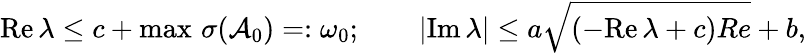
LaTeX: \mathrm{Re}\, \lambda\leq c+\operatorname*{max}\, \sigma(\mathcal{A}_{0})=:\omega_{0};\qquad|\mathrm{Im}\, \lambda|\leq a\sqrt{\left(-\mathrm{Re}\, \lambda+c\right)Re}+b,